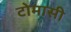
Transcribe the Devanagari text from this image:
टोमासी